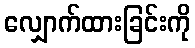
လျှောက်ထားခြင်းကို